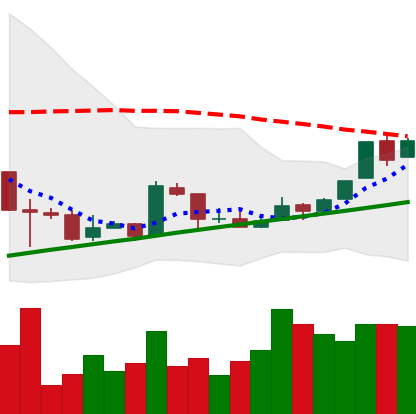
Ticker: BTC-USD
Chart end date: 2016-02-16
Forward return: 7.684%
Label: up_7plus